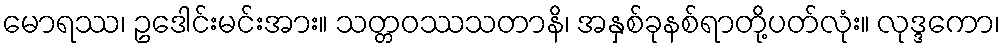
မောရဿ၊ ဥဒေါင်းမင်းအား။ သတ္တဝဿသတာနိ၊ အနှစ်ခုနစ်ရာတို့ပတ်လုံး။ လုဒ္ဒကော၊